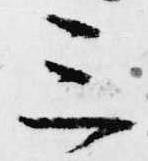
三